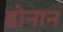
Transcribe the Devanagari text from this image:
डोनान